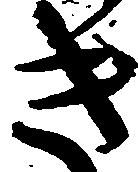
き